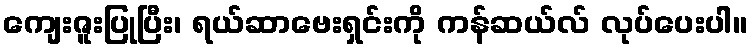
ကျေးဇူးပြုပြီး၊ ရယ်ဆာဗေးရှင်းကို ကန်ဆယ်လ် လုပ်ပေးပါ။